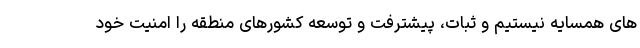
های همسایه نیستیم و ثبات، پیشترفت و توسعه کشورهای منطقه را امنیت خود